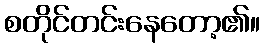
စတိုင်တင်းနေတော့၏။